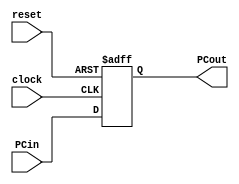
module PC (
    input wire clock,
    input wire reset,
    input wire [31:0] PCin,
    output reg [31:0] PCout);

always @(posedge clock or negedge reset)  
  begin
		if (!reset) 
			PCout <= 0;
		else 
			PCout <= PCin; 
	end
	
endmodule